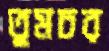
তুমচর